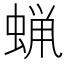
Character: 蝋